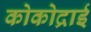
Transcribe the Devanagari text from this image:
कोकोद्राई